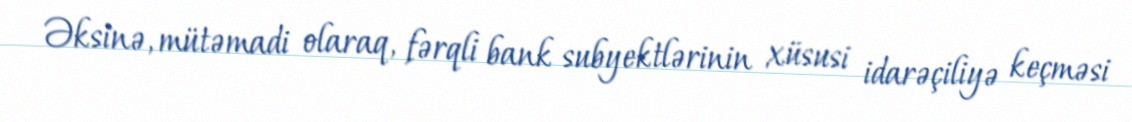
Əksinə, mütəmadi olaraq, fərqli bank subyektlərinin xüsusi idarəçiliyə keçməsi